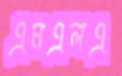
এমএলএ